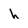
Character: h